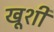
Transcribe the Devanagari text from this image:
खूशी